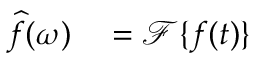
\begin{array} { r l } { { \widehat { f } } ( \omega ) } & { { } = { \mathcal { F } } \{ f ( t ) \} } \end{array}